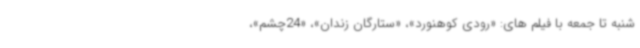
شنبه تا جمعه با فیلم های: «رودی کوهنورد»، «ستارگان زندان»، «24چشم»،